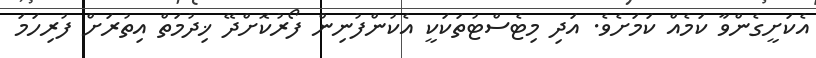
އެކަށީގެންވާ ކަމެއް ކަމަށެވެ. އަދި މިޓެސްޓުތަކަކީ އެކުންފުނިން ފޯރުކޮށްދޭ ޚިދުމަތް އިތުރަށް ފުރިހަމަ